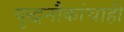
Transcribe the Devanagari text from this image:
युद्धनौकांचाही